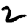
Digit: 2